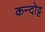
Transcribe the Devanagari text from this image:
कन्दोट्ट